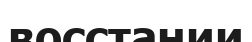
восстании